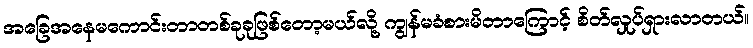
အခြေအနေမကောင်းတာတစ်ခုခုဖြစ်တော့မယ်လို့ ကျွန်မခံစားမိတာကြောင့် စိတ်လှုပ်ရှားလာတယ်။